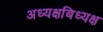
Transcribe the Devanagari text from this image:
अध्यक्षबिध्यक्ष